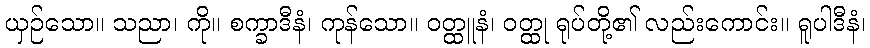
ယှဉ်သော။ သညာ၊ ကို။ စက္ခာဒီနံ၊ ကုန်သော။ ဝတ္ထူနံ၊ ဝတ္ထု ရုပ်တို့၏ လည်းကောင်း။ ရူပါဒီနံ၊